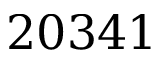
2 0 3 4 1